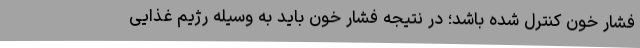
فشار خون کنترل شده باشد؛ در نتیجه فشار خون باید به وسیله رژیم غذایی